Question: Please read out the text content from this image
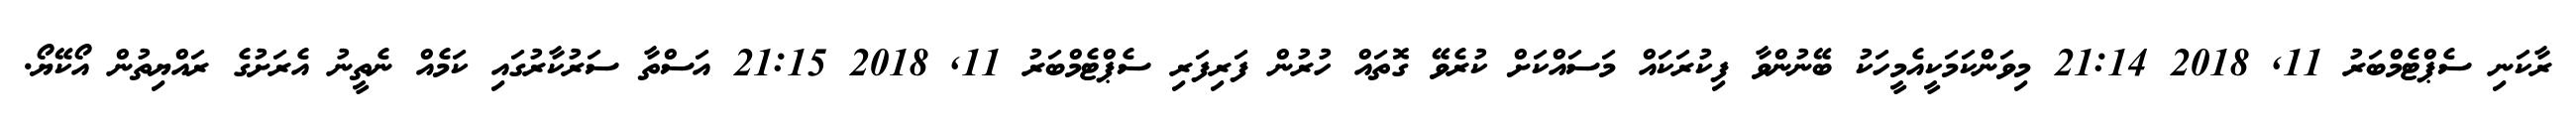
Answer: ރާކަނި ސެޕްޓެމްބަރު 11, 2018 21:14 މިވަންކަމަކީއެމީހަކު ބޭނުންވާ ފިކުރަކައް މަސައްކަށް ކުރެވޭ ގޮތައް ހުރުން ފަރިފަރި ސެޕްޓެމްބަރު 11, 2018 21:15 އަސްތާ ސަރުކާރުގައި ކަމެއް ނެތީނު އެރަށުގެ ރައްޔިތުން އޯކޭޔޯ.